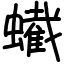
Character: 蠘